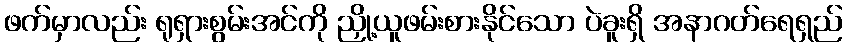
ဖက်မှာလည်း ရုရှားစွမ်းအင်ကို ညှို့ယူဖမ်းစားနိုင်သော ပဲခူးရှိ အနာဂတ်ရေရှည်